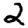
Digit: 2